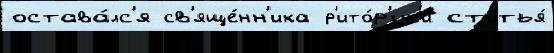
остава́лс'я св'яще́нн'ика р'ито́р'ик'и статья́